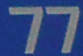
77